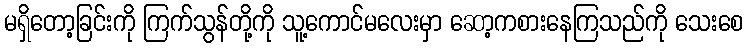
မရှိတော့ခြင်းကို ကြက်သွန်တို့ကို သူ့ကောင်မလေးမှာ ဆော့ကစားနေကြသည်ကို သေးစေ